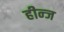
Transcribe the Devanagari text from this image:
हीन्ज